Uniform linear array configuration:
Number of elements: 64
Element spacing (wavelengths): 0.25
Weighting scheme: hann
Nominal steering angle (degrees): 15
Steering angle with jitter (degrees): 13.497
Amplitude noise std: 0.05
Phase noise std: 0.05

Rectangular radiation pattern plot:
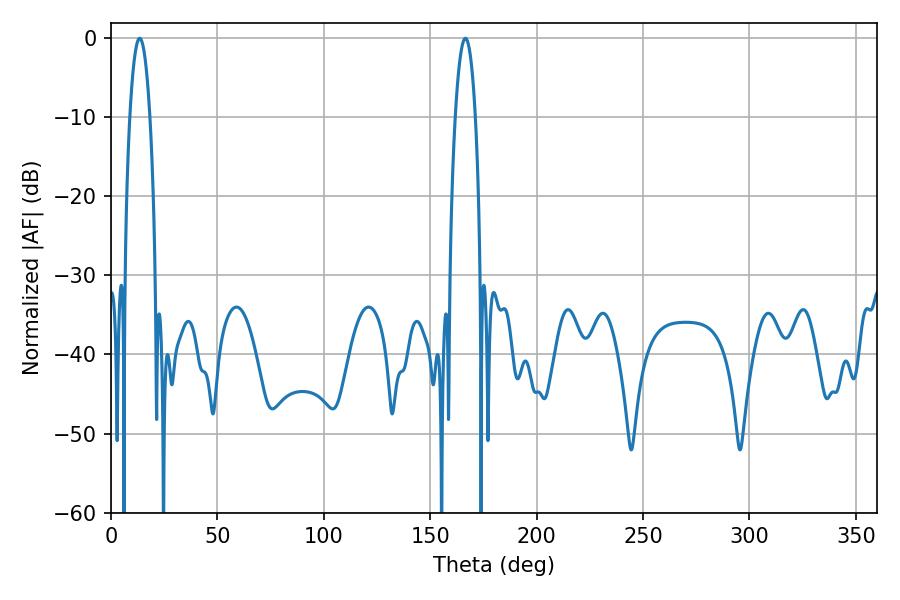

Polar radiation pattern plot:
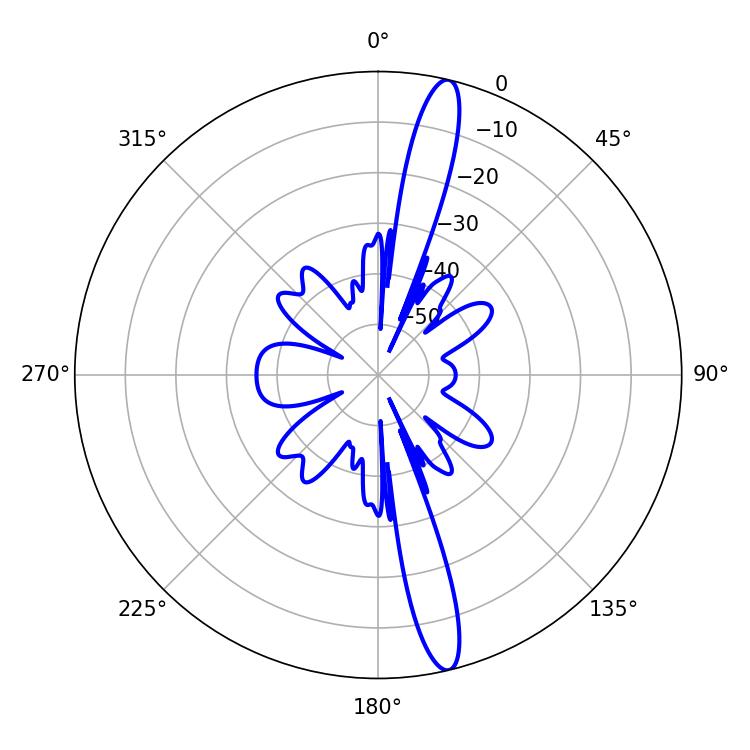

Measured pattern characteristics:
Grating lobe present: FALSE
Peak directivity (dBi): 16.392
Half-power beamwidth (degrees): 5.4
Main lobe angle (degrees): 13.5